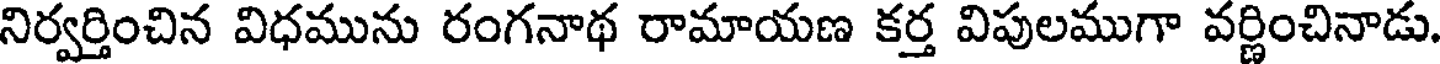
నిర్వర్తించిన విధమును రంగనాథ రామాయణ కర్త విపులముగా వర్ణించినాడు.